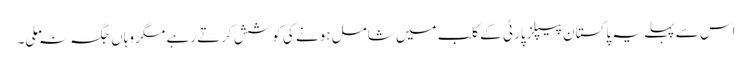
اس سے پہلے یہ پاکستان پیپلزپارٹی کے کلب میں شامل ہونے کی کوشش کرتے رہے مگر وہاں جگہ نہ ملی۔